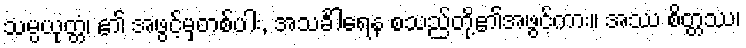
သမ္ပယုတ္တံ၊ ၏ အဖွင့်မှတစ်ပါး, အသင်္ခါရေန စသည်တို့၏အဖွင့်ကား။ အဿ စိတ္တဿ၊